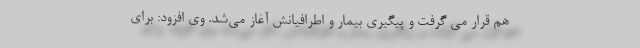
هم قرار می گرفت و پیگیری بیمار و اطرافیانش آغاز می‌شد. وی افزود: برای